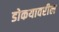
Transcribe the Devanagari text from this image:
डोकयावरील